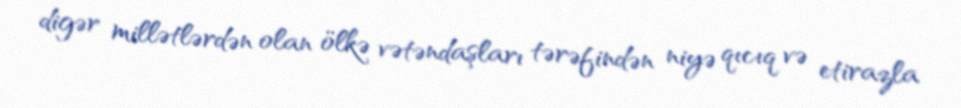
digər millətlərdən olan ölkə vətəndaşları tərəfindən niyə qıcıq və etirazla